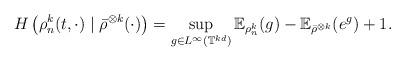
LaTeX: \begin{align*}H\left(\rho_n^{k}(t,\cdot)\mid \bar{\rho}^{\otimes k}(\cdot)\right)=\sup_{g\in L^\infty(\mathbb{T}^{kd})} \mathbb{E}_{\rho_n^{k}}(g)-\mathbb{E}_{\bar{\rho}^{\otimes k}}(e^g)+1.\end{align*}